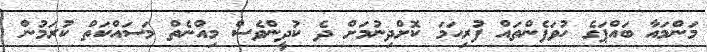
މަންމައާ ބައްޕަގެ ހުވަފެންތައް ފުރިހަމަ ކޮށްދިނުމަށް ދެ ކުދީންވެސް މިއްނެތް މަސައްކަތް ކުރަމުން